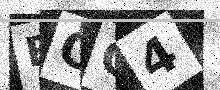
Text: BGG4